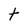
Character: t